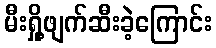
မီးရှို့ဖျက်ဆီးခဲ့ကြောင်း